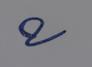
Signature authenticity: genuine